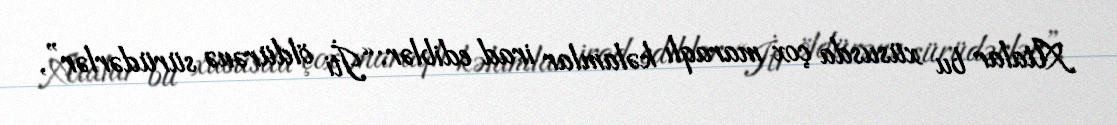
Atalar bu xüsusda çox maraqlı kəlamlar irad ediblər: “İti öldürənə sürüdərlər”,